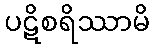
ပဋိစရိဿာမိ